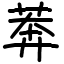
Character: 莾